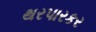
થરપારકર